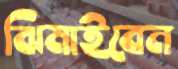
ঝিমাইবেন